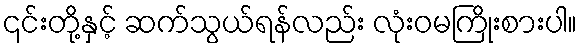
၎င်းတို့နှင့် ဆက်သွယ်ရန်လည်း လုံးဝမကြိုးစားပါ။